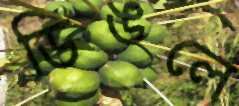
ডিঙলে